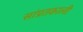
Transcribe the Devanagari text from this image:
सांप्रतकाली